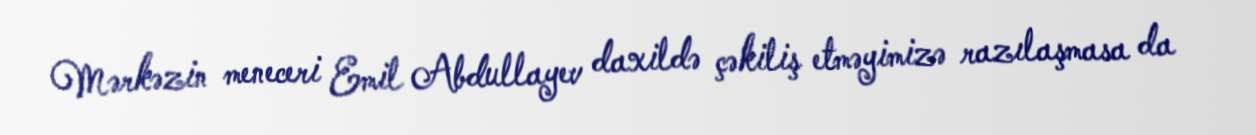
Mərkəzin meneceri Emil Abdullayev daxildə çəkiliş etməyimizə razılaşmasa da